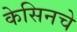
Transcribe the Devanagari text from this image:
केसिनचे